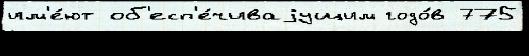
им'е́ют об'есп'е́чиваjущим годо́в 775